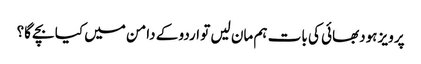
پرویز ہودبھائی کی بات ہم مان لیں تو اردو کے دامن میں کیا بچے گا؟